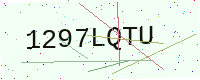
Text: 1297LQTU